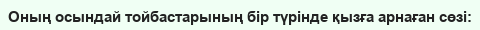
Оның осындай тойбастарының бір түрінде қызға арнаған сөзі: